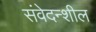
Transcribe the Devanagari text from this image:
संवेदन्शील